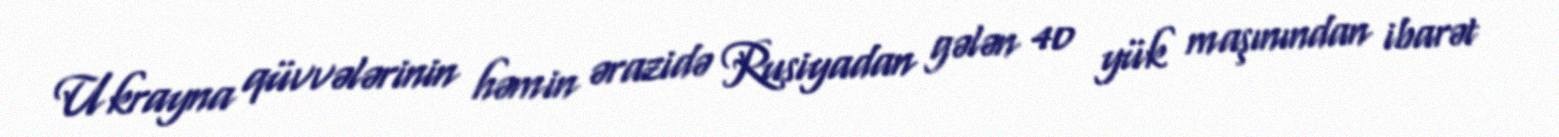
Ukrayna qüvvələrinin həmin ərazidə Rusiyadan gələn 40 yük maşınından ibarət